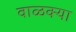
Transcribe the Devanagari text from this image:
वाळक्या